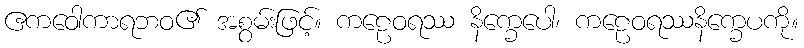
ဧကဝေါကာရဘဝ၏ အစွမ်းဖြင့်။ ကဠေဝရဿ နိက္ခေပေါ၊ ကဠေဝရဿနိက္ခေပကို။